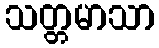
သတ္တမာသာ